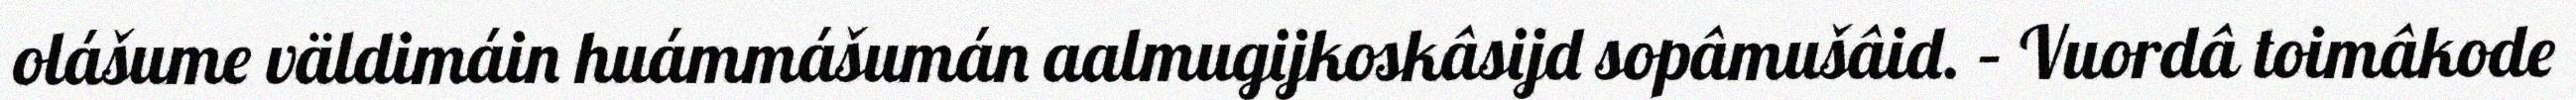
olášume väldimáin huámmášumán aalmugijkoskâsijd sopâmušâid. – Vuordâ toimâkode